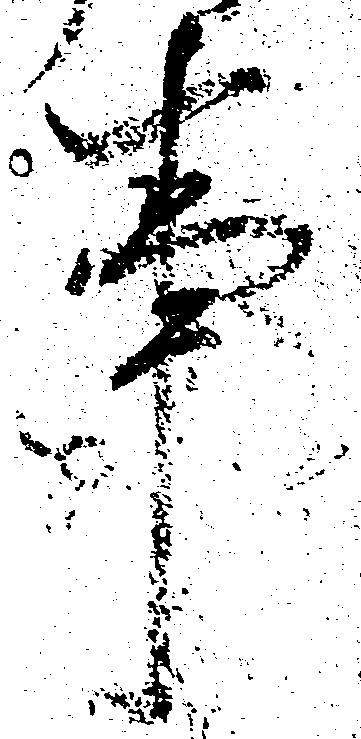
事